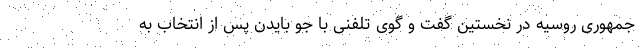
جمهوری روسیه در نخستین گفت و گوی تلفنی با جو بایدن پس از انتخاب به